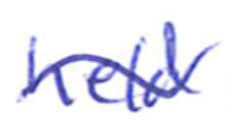
Text: held
Cross-out: wave
Writing tool: ballpoint